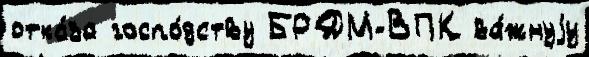
отка́за госпо́дству БРДМ-ВПК ва́жнуjу